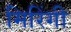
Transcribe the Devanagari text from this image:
मिरिंगी